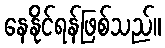
နေနိုင်ရန်ဖြစ်သည်။